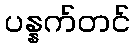
ပန္နက်တင်